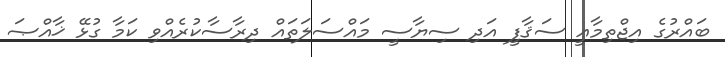
ބައްރުގެ އިޖްތިމާޢީ ސަޤާފީ އަދި ސިޔާސީ މައްސަލަތައް ދިރާސާކުރެއްވި ކަމާ ގުޅޭ ޚާއްޞަ